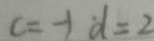
c = - 1 d = 2